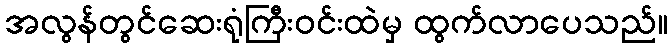
အလွန်တွင်ဆေးရုံကြီးဝင်းထဲမှ ထွက်လာပေသည်။